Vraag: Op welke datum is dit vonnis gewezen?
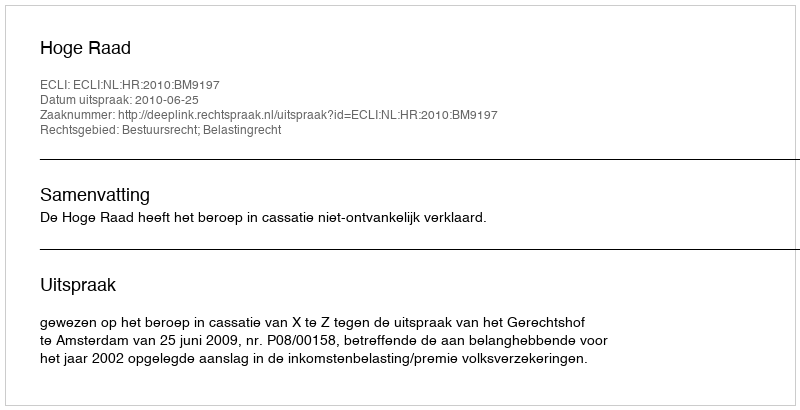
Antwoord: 2010-06-25